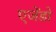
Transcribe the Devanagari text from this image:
एजेंडो